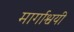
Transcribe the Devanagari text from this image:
मार्गाश्वयी